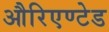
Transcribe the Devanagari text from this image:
औरिएण्टेड